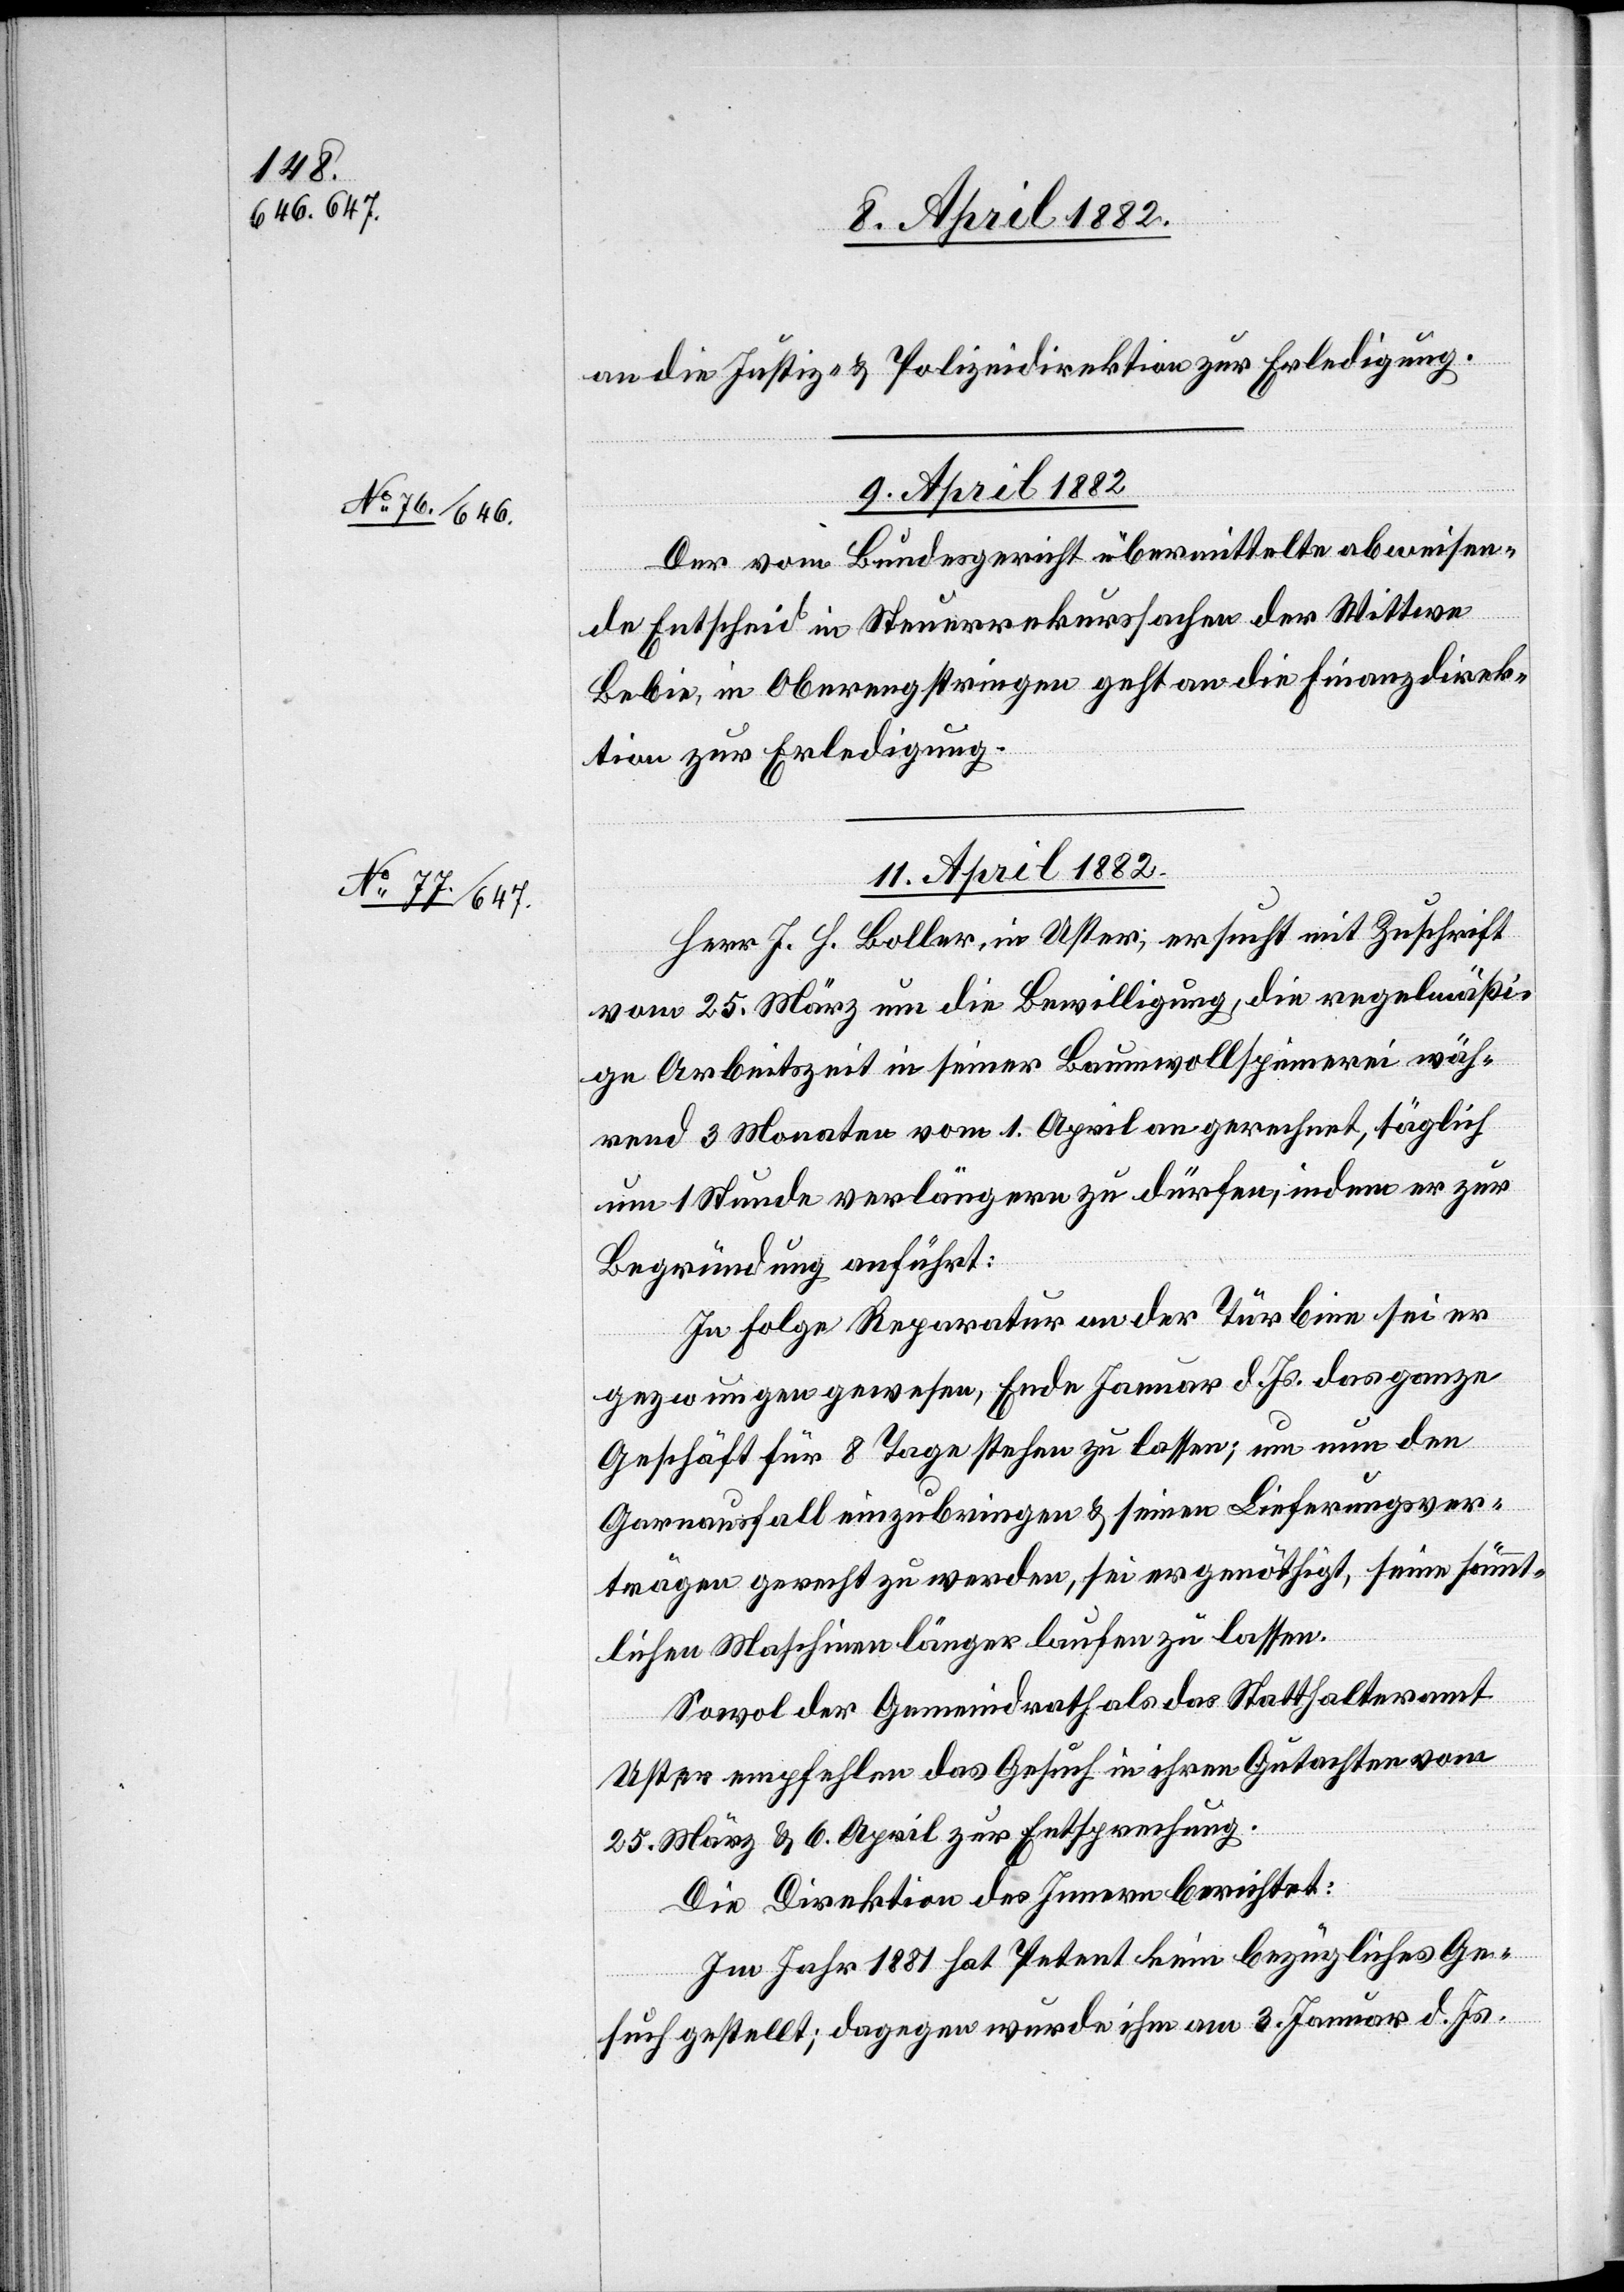
an die Justiz- & Polizeidirektion zur Erledigung.
9. April 1882
Der vom Bundesgericht übermittelte abweisen¬
de Entscheid in Steuerrekurssachen der Wittwe
Bebie, in Oberengstringen geht an die Finanzdirek¬
tion zur Erledigung.
11. April 1882.
Herr J. H. Boller, in Uster, ersucht mit Zuschrift
vom 25. März um die Bewilligung, die regelmäßi¬
ge Arbeitszeit in seiner Baumwollspinnerei wäh¬
rend 3 Monaten vom 1. April an gerechnet, täglich
um 1 Stunde verlängern zu dürfen, indem er zur
Begründung anführt:
In Folge Reparatur an der Turbine sei er
gezwungen gewesen, Ende Januar d. Js. das ganze
Geschäft für 8 Tage stehen zu lassen; um nun den
Garnausfall einzubringen & seinen Lieferungsver¬
trägen gerecht zu werden, sei er genöthigt, seine sämmt¬
lichen Maschinen länger laufen zu lassen.
Sowol der Gemeindrath als das Statthalteramt
Uster empfehlen das Gesuch in ihren Gutachten vom
25. März & 6. April zur Entsprechung.
Die Direktion des Innern berichtet:
Im Jahr 1881 hat Petent kein bezügliches Ge¬
such gestellt; dagegen wurde ihm am 3. Januar d. Js.